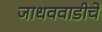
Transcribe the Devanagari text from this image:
जाधववाडीचे